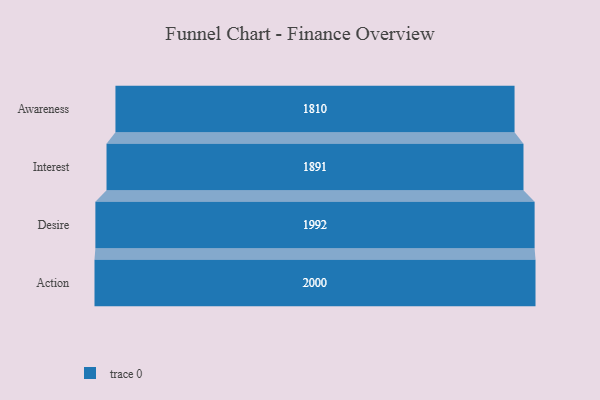
{"axis": {"x": "Stage", "y": "Value"}, "legend": [""], "data": [{"x": "Awareness", "y": 1810.0, "type": ""}, {"x": "Interest", "y": 1891.0, "type": ""}, {"x": "Desire", "y": 1992.0, "type": ""}, {"x": "Action", "y": 2000, "type": ""}]}